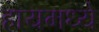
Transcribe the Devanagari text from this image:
हायमध्ये